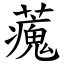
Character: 藱